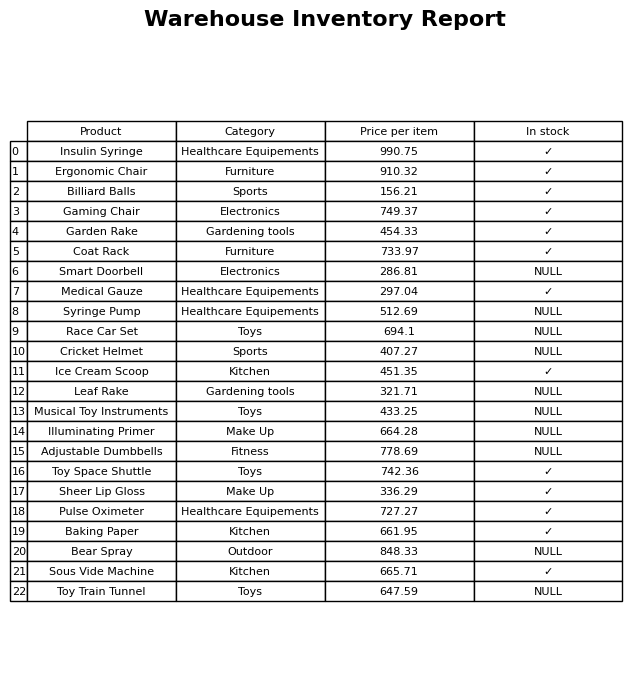
question: What category does the Baking Paper belong to?
answer: Kitchen